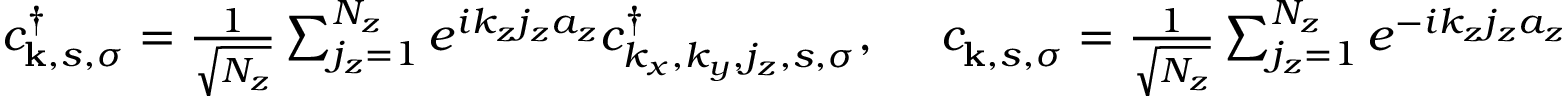
\begin{array} { r } { c _ { { \bf k } , s , \sigma } ^ { \dagger } = \frac { 1 } { \sqrt { N _ { z } } } \sum _ { j _ { z } = 1 } ^ { N _ { z } } e ^ { i k _ { z } j _ { z } a _ { z } } c _ { k _ { x } , k _ { y } , j _ { z } , s , \sigma } ^ { \dagger } , ~ ~ ~ ~ c _ { { \bf k } , s , \sigma } ^ { } = \frac { 1 } { \sqrt { N _ { z } } } \sum _ { j _ { z } = 1 } ^ { N _ { z } } e ^ { - i k _ { z } j _ { z } a _ { z } } c _ { k _ { x } , k _ { y } , j _ { z } , s , \sigma } ^ { } , } \end{array}